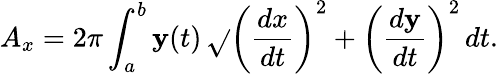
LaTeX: A_{x}=2\pi\int_{a}^{b}\mathbf{y}(t)\, {\sqrt{}{{\left({\frac{{dx}}{{dt}}}\right)^{2}+\left({\frac{{d\mathbf{y}}}{{dt}}}\right)^{2}}}}\, dt.